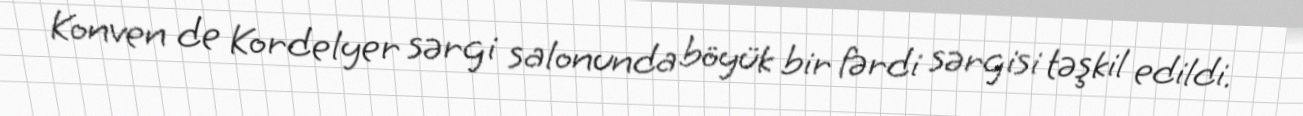
Konven de Kordelyer sərgi salonunda böyük bir fərdi sərgisi təşkil edildi.